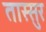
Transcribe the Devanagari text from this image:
तास्सुर